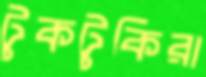
টুকটুকিরা